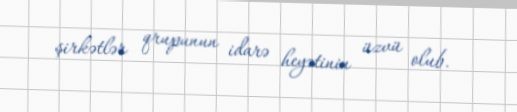
şirkətlər qrupunun idarə heyətinin üzvü olub.